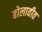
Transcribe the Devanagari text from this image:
बोलावीत